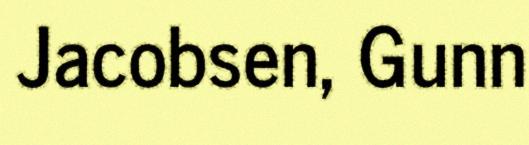
Jacobsen, Gunn